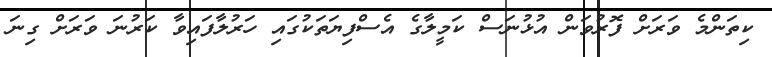
ކިތަންމެ ވަރަށް ފޮރުވަން އުޅުނަސް ކަމީލާގެ އެސްފިޔަތަކުގައި ހަރުލާފައިވާ ކަރުނަ ވަރަށް ގިނަ